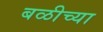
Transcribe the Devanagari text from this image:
बळीच्या